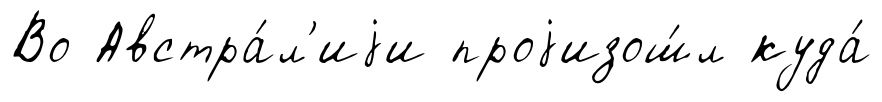
Во Австра́л'иjи проjизош́л куда́